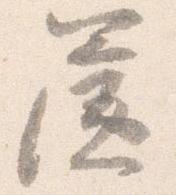
簾